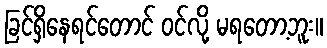
ခြင်ရှိနေရင်တောင် ဝင်လို့ မရတော့ဘူး။